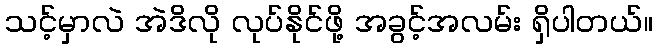
သင့်မှာလဲ အဲဒိလို လုပ်နိုင်ဖို့ အခွင့်အလမ်း ရှိပါတယ်။